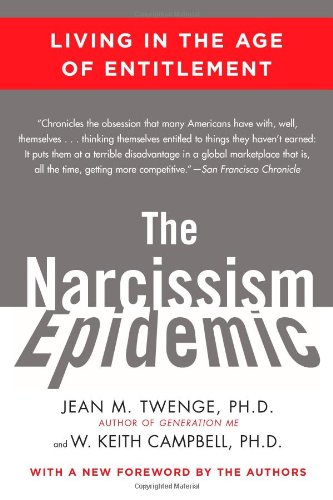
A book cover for The Narcissism Epidemic: Living in the Age of Entitlement; Jean M. Twenge; Medical Books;